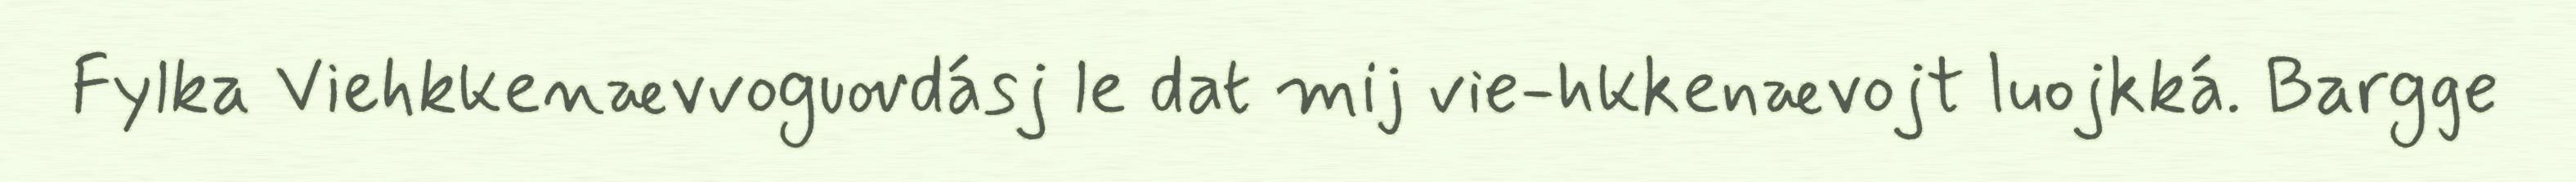
Fylka Viehkkenævvoguovdásj le dat mij vie-hkkenævojt luojkká. Bargge